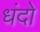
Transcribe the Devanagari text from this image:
धंदो